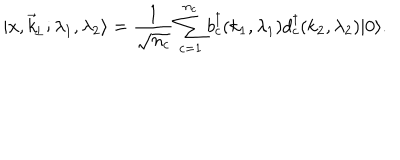
\vert x , \vec { k } _ { \! \perp } ; \lambda _ { 1 } , \lambda _ { 2 } \rangle = { \frac { 1 } { \sqrt { n _ { c } } } } \sum _ { c = 1 } ^ { n _ { c } } b _ { c } ^ { \dagger } ( k _ { 1 } , \lambda _ { 1 } ) d _ { c } ^ { \dagger } ( k _ { 2 } , \lambda _ { 2 } ) \vert 0 \rangle .